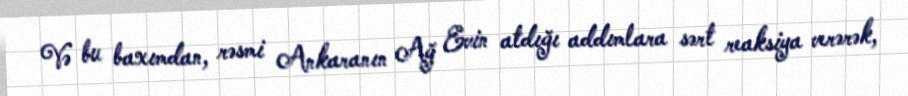
Və bu baxımdan, rəsmi Ankaranın Ağ Evin atdığı addımlara sərt reaksiya verərək,